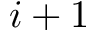
i + 1